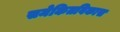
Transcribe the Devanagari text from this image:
समेकितविकास